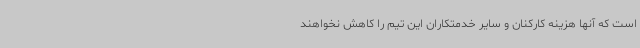
است که آنها هزینه کارکنان و سایر خدمتکاران این تیم را کاهش نخواهند